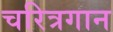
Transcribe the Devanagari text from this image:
चरित्रगान